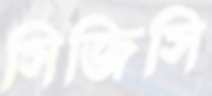
সিজিসি